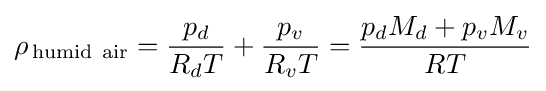
\rho _{\,\mathrm {humid~air} }={\frac {p_{d}}{R_{d}T}}+{\frac {p_{v}}{R_{v}T}}={\frac {p_{d}M_{d}+p_{v}M_{v}}{RT}}